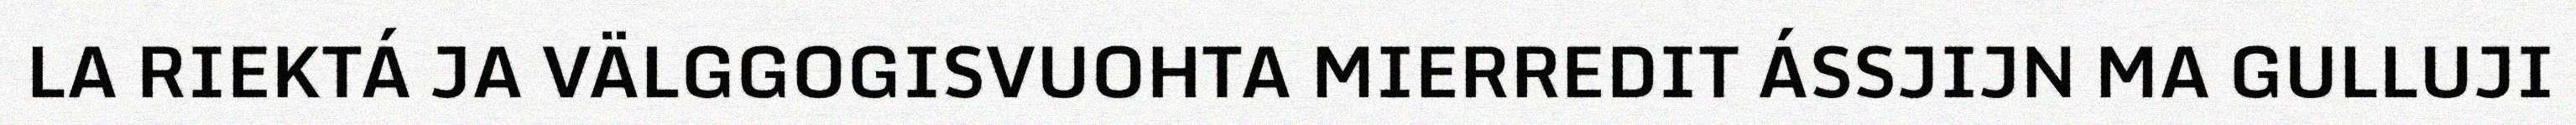
LA RIEKTÁ JA VÄLGGOGISVUOHTA MIERREDIT ÁSSJIJN MA GULLUJI